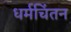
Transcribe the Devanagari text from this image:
धर्मचिंतन